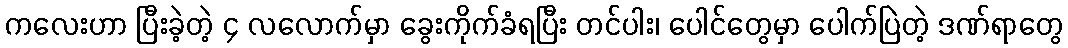
ကလေးဟာ ပြီးခဲ့တဲ့ ၄ လလောက်မှာ ခွေးကိုက်ခံရပြီး တင်ပါး၊ ပေါင်တွေမှာ ပေါက်ပြဲတဲ့ ဒဏ်ရာတွေ